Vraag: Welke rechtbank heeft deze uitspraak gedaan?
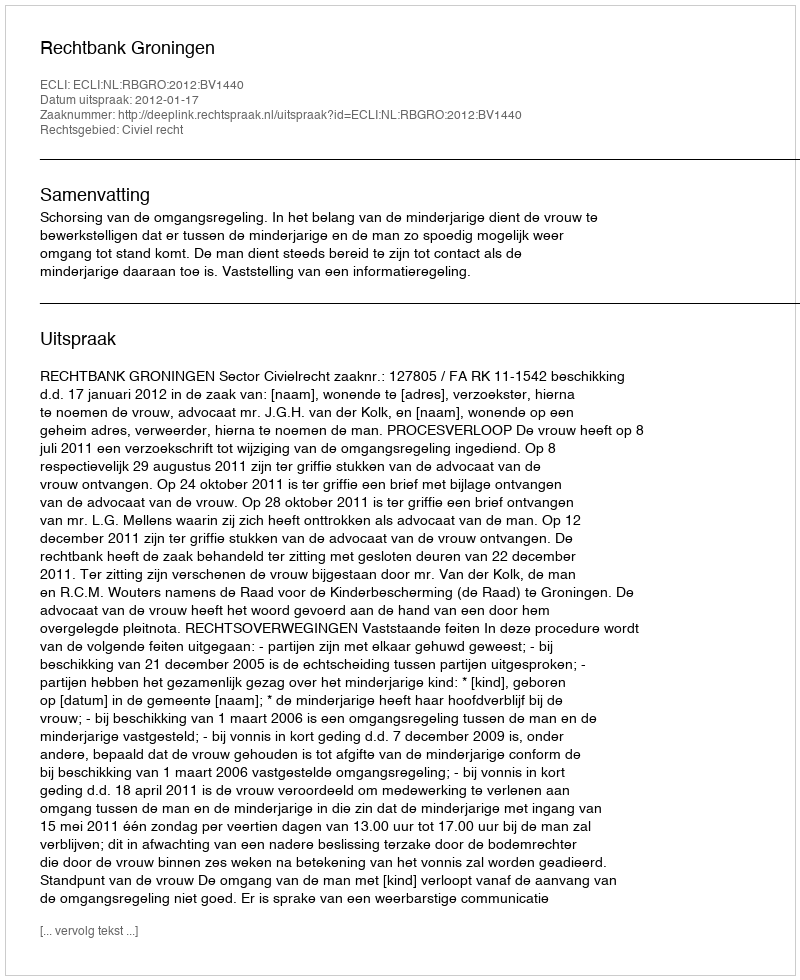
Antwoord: Rechtbank Groningen